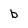
Character: b